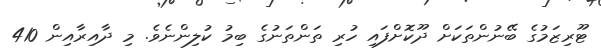
ޓޫރިޒަމުގެ ބޭނުންތަކަށް ދޫކޮށްފައި ހުރި ތަންތަނުގެ ބިމު ކުލިންނެވެ. މި ދާއިރާއިން 410